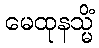
မေထုနသ္မိံ